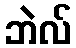
ဘဲလ်